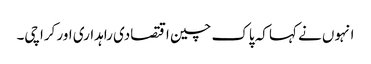
انہوں نے کہا کہ پاک چین اقتصادی راہداری اور کراچی۔